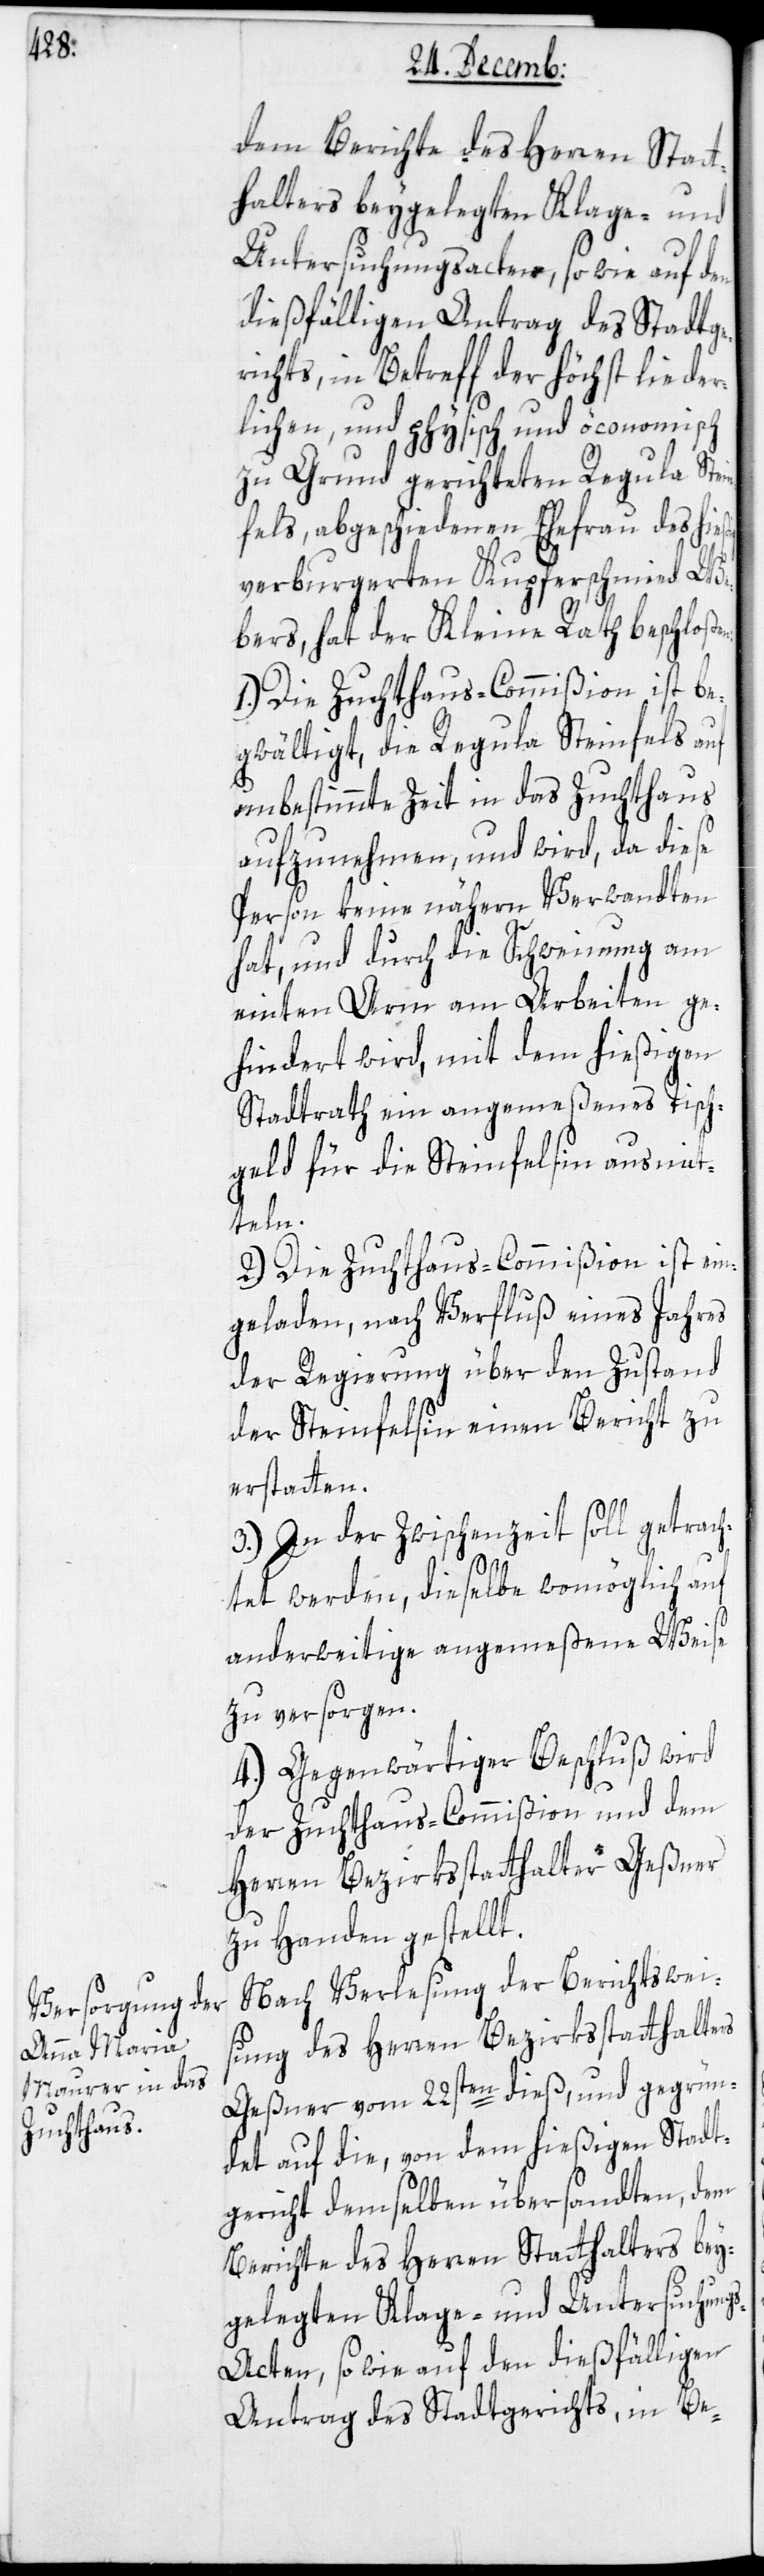
dem Berichte des Herren Statt¬
halters beygelegten Klage- und
Untersuchungsacten, sowie auf den
dießfälligen Antrag des Stadtge¬
richts, in Betreff der höchst lieder¬
lichen, und physisch und öconomisch
zu Grund gerichteten Regula Stei¬
nfels, abgeschiedenen Ehefrau des hie¬
verburgerten Kupferschmied We¬
bers, hat der Kleine Rath beschloß¬
1.) Die Zuchthauscommißion ist be¬
gwältigt, die Regula Steinfels auf
unbestimmte Zeit in das Zuchthaus
aufzunehmen, und wird, da diese
Person keine nähern Verwandten
hat, und durch die Schweinung am
einten Arm am Arbeiten ge¬
hindert wird, mit dem hießigen
Stadtrat ein angemeßenes Tisch¬
geld für die Steinfelsin ausmit¬
teln.
2.) Die Zuchthaus-Commißion ist ein¬
geladen, nach Verfluß eines Jahres
der Regierung über den Zustand
der Steinfelsin einen Bericht zu
erstatten.
3.) In der Zwischenzeit soll getrach¬
en:
tet werden, dieselbe womöglich auf
anderweitige angemeßene Weise
zu versorgen.
4.) Gegenwärtiger Beschluß wird
der Zuchthaus-Commißion und dem
Herren Bezirksstatthalter Geßner
zu Handen gestellt.
Nach Verlesung der Berichtsweis¬
ung des Herren Bezirksstatthalters
Geßner vom 22sten dieß, und gegrün¬
det auf die, von dem hießigen Stadt¬
gericht demselben übersandten, dem
Berichte des Herren Statthalters bey¬
gelegten Klage- und Untersuchung¬
s-Acten, sowie auf den dießfälligen
Antrag des Stadtgerichts, in Be-